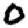
Digit: 0